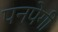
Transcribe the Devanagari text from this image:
पनपेगी